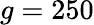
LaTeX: g=250